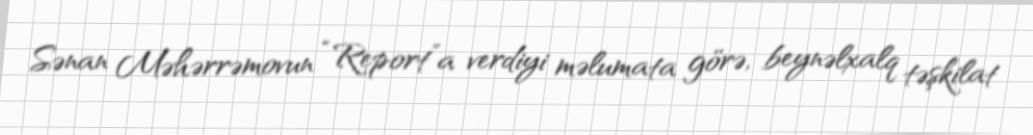
Sənan Məhərrəmovun “Report”a verdiyi məlumata görə, beynəlxalq təşkilat